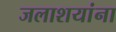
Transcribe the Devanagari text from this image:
जलाशयांना